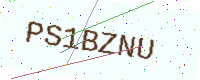
Text: PS1BZNU